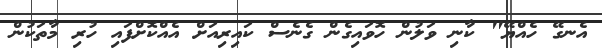
އެނގޭ ހެއްޔޭ" ކާނި ވަލުން ހޮވައިގެން ގެނެސް ކައިރިއަށް އެއްކޮށްފައި ހުރި މާތަކުން